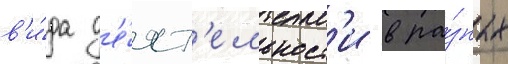
в'и́да д'е́ят'ельност'и в ра́зных